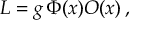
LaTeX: { \cal L } = g \, \Phi ( x ) { \cal O } ( x ) \, ,